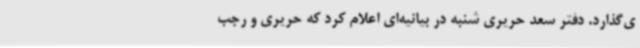
ی‌گذارد. دفتر سعد حریری شنبه در بیانیه‌ای اعلام کرد که حریری و رجب